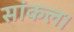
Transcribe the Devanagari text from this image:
सांकल।